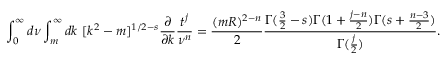
\int _ { 0 } ^ { \infty } d \nu \int _ { m } ^ { \infty } d k \ [ k ^ { 2 } - m ] ^ { 1 / 2 - s } \frac { \partial } { \partial k } \frac { t ^ { j } } { \nu ^ { n } } = \frac { ( m R ) ^ { 2 - n } } 2 \frac { \Gamma ( \frac 3 2 - s ) \Gamma ( 1 + \frac { j - n } 2 ) \Gamma ( s + \frac { n - 3 } 2 ) } { \Gamma ( \frac j 2 ) } .